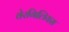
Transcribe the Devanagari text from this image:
वेरगिलियस